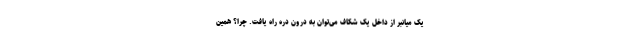
یک میانبر از داخل یک شکاف می‌توان به درون دره راه یافت. چرا؟ همین